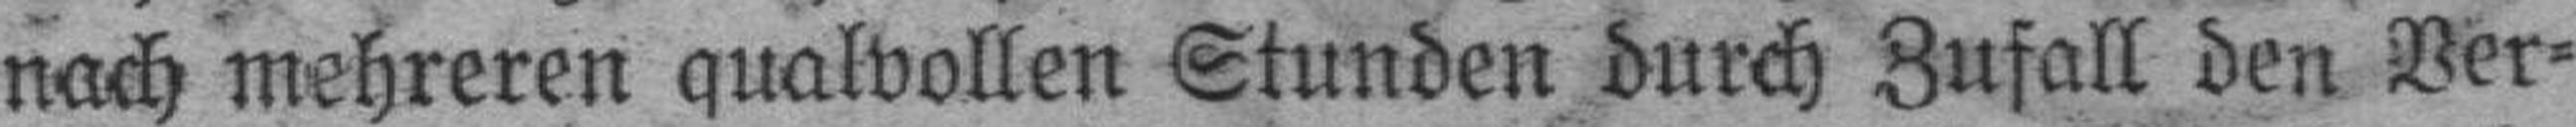
nach mehreren qualvollen Stunden durch Zufall den Ver¬